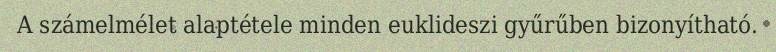
A számelmélet alaptétele minden euklideszi gyűrűben bizonyítható.